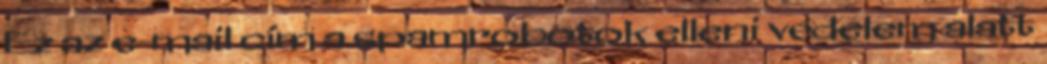
Ez az e-mail cím a spamrobotok elleni védelem alatt